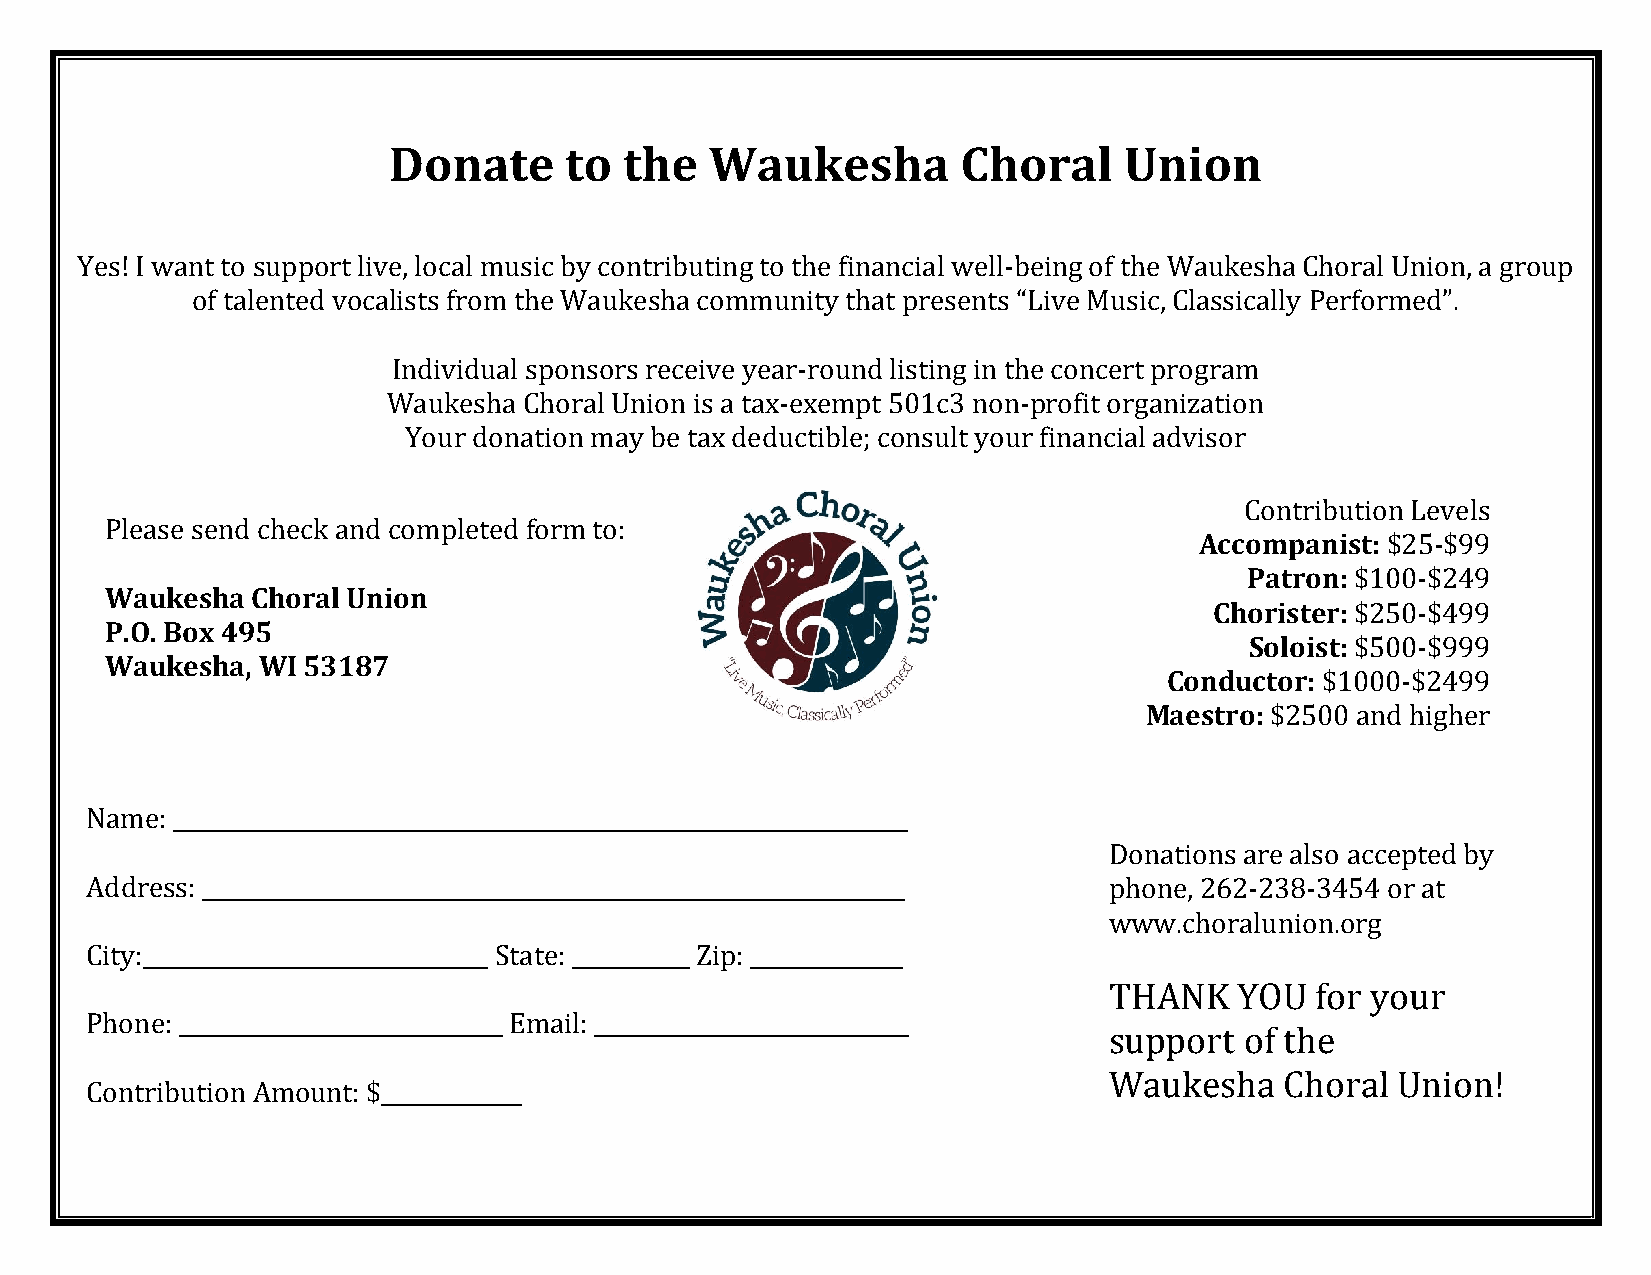
Donate     to  the   Waukesha         Choral    Union
 Yes! I want to support live, local music by contributing to the financial well-being of the Waukesha Choral Union, a group
 of talented vocalists from the Waukesha community that presents “Live Music, Classically Performed”.
 Individual sponsors receive year-round listing in the concert program
 Waukesha Choral Union is a tax-exempt 501c3 non-profit organization
 Your donation may be tax deductible; consult your financial advisor
 Contribution Levels
 Please send check and completed form to:
 Accompanist: $25-$99
 Patron: $100-$249
 Waukesha  Choral Union
 Chorister: $250-$499
 P.O. Box 495
 Soloist: $500-$999
 Waukesha, WI 53187
 Conductor: $1000-$2499
 Maestro: $2500 and higher
 Name: ____________________________________________________________________
 Donations are also accepted by
 Address: _________________________________________________________________ phone, 262-238-3454 or at
 www.choralunion.org
 City:________________________________ State: ___________ Zip: ______________
 THANK    YOU  for your
 Phone: ______________________________ Email: _____________________________
 support  of the
 Waukesha    Choral Union!
 Contribution Amount: $_____________